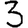
Digit: 3